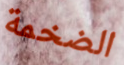
الضخمة